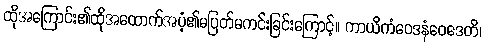
ထိုအကြောင်း၏ထိုအထောက်အပံ့၏မပြတ်မကင်းခြင်းကြောင့်။ ကာယိကံဝေဒနံဝေဒေတိ၊